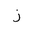
Letter: _zay